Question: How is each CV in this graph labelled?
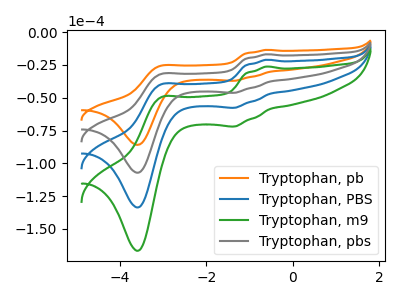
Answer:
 <answer>The orange curve is labeled "Tryptophan, pb". The blue curve is labeled "Tryptophan, PBS". The green curve is labeled "Tryptophan, m9". The gray curve is labeled "Tryptophan, pbs".</answer>
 <eval></eval>